Bréfritari: Jakobína Jónsdóttir
Viðtakandi: Sólveig Jónsdóttir
Dagsetning: A-1885-05-29
Skrifað á: Bessastöðum  Gull.
systir bréfviðtakanda

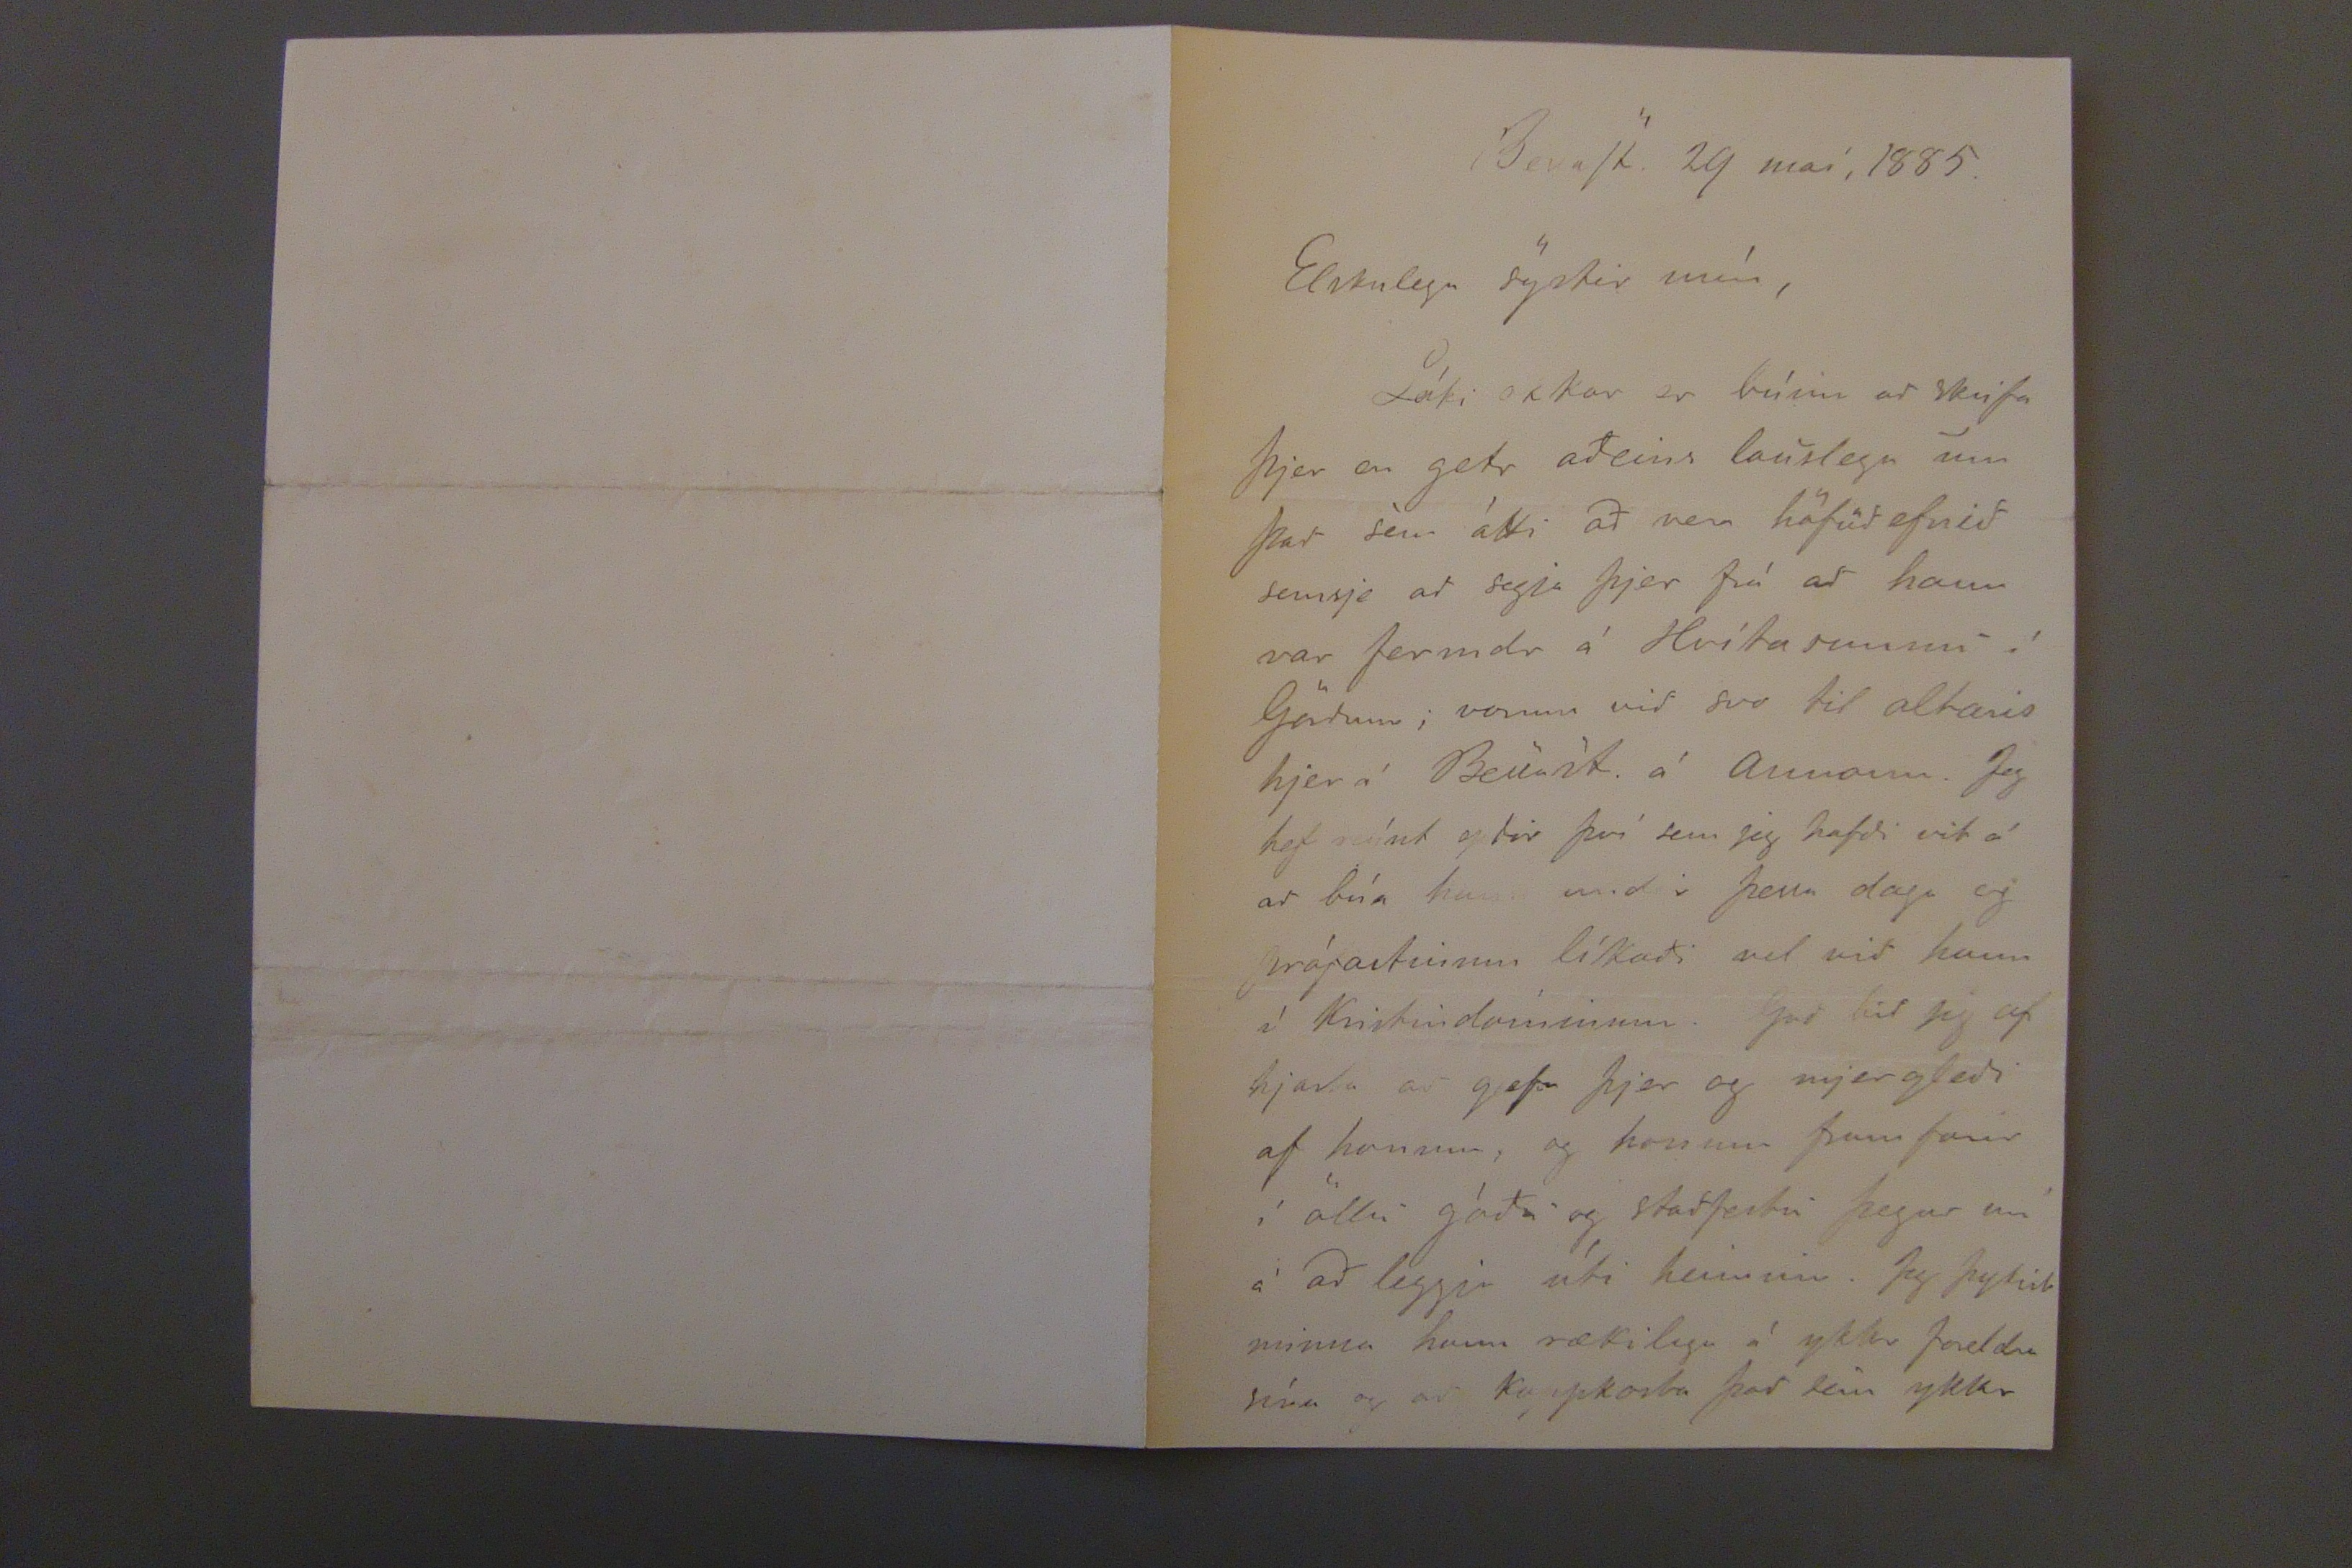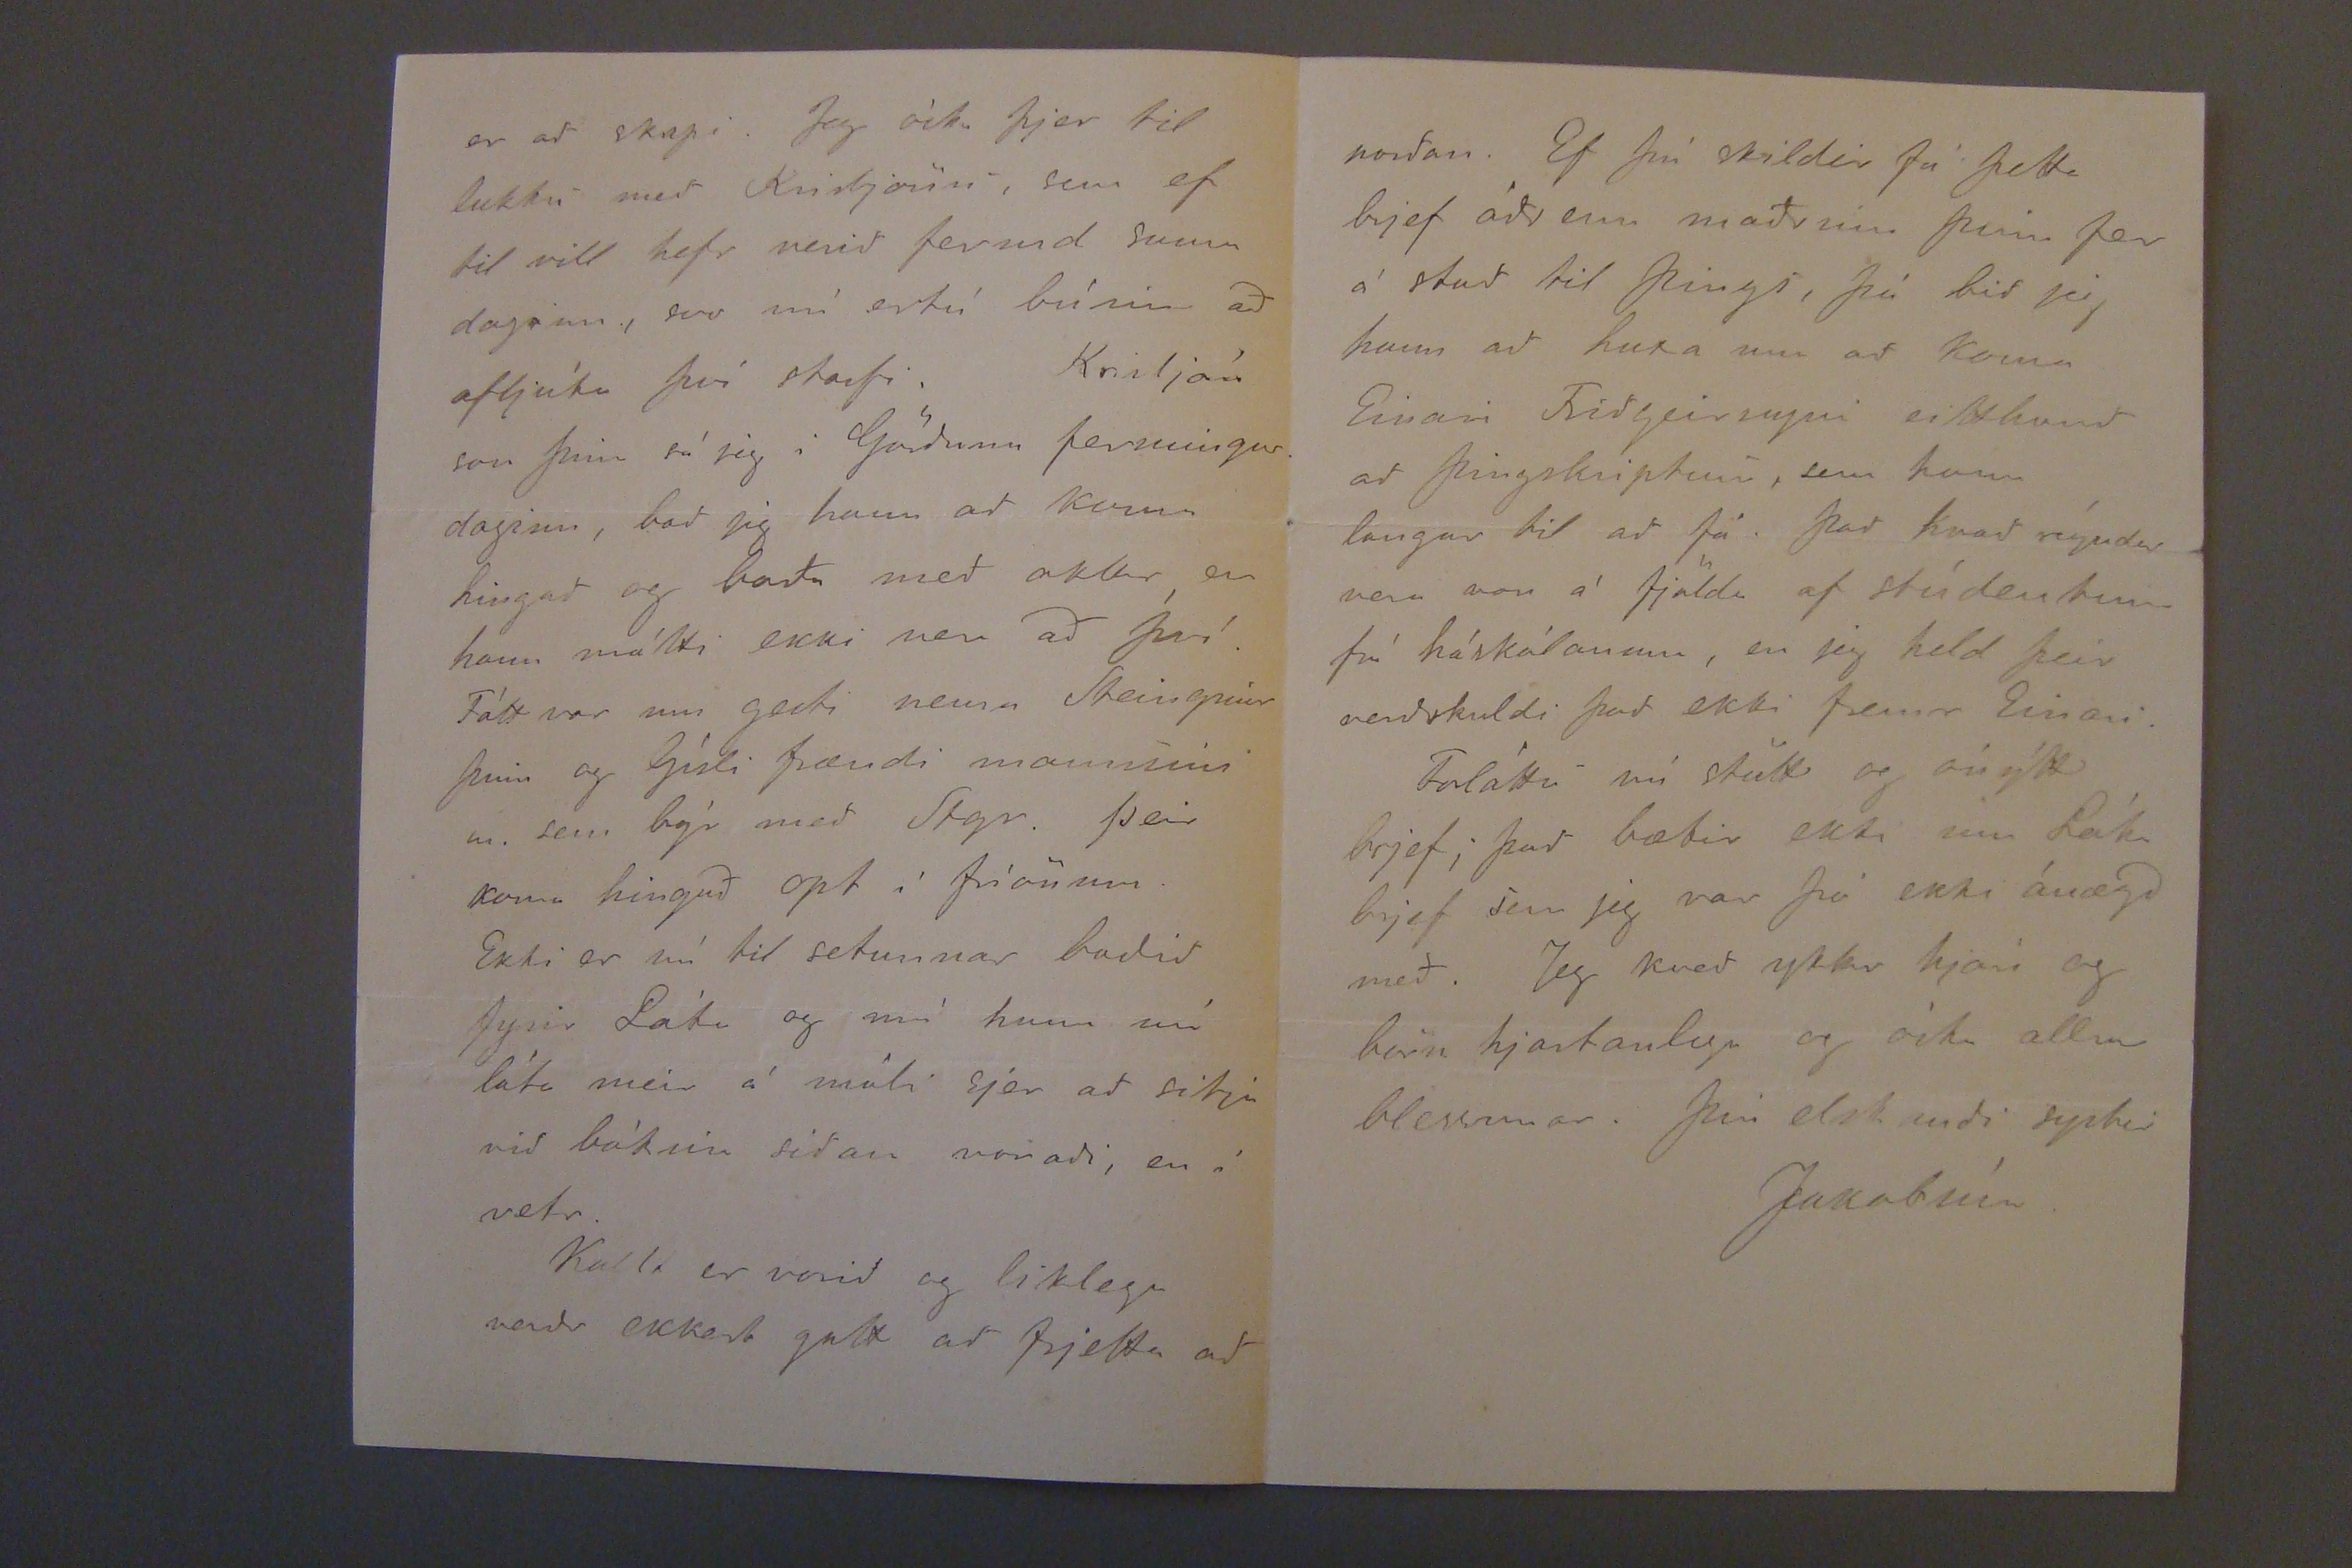

BesaSt. 29 maí, 1885.
Elskulega systir mín,
Láki okkar er búinn að skrifa þjer en getr aðeins lauslega um það sem átti að vera höfuð efnið semsje að segja þjer frá að hann var fermdr á Hvítasunnu í Görðum; vorum við svo til altaris hjer í Bessast. á Annann. Jeg hef reýnt eptir því sem jeg hafði vit á að búa hann undir þessa daga og prófastinum líkaði vel við hann í Kristindominum. Guð bið jeg af hjarta að gefa þjer og mjergleði af honum, og honum framfarir í öllu góða og staðfestu þegar um á að liggja útí heiminn. Jeg þytist minna hann rækilega á ykkr foreldra sína og að kampkosta það sem ykkr
er að skapi. Jeg óska þjer til lukku með Kristjönu, sem ef til vill hefr verið fermd sama daginn, svo nú ertu búin að afljúka því starfi. Kristján son þinn sá jeg i Görðum fermingardaginn, bað jeg hann að koma hingað og borða með okkur, en hann mátti ekki ver að því. Fátt var um gesti nema Steingrimr þinn og Gísli frændi mannsins m. sem býr með Stgr. Þeir koma hingað opt í fríönum. Ekki er nú til setunnar boðið fyrir Láka og má hann nú láta meir á móti sjer að sitja við bókina síðan voraði, en í vetr.
Kallt er vorið og liklega verðr ekkert gott að frjetta að
norðan. Ef þú skildir fá þetta brjef áðr enn maðurinn þinn fer á stað til þings, þá bið jeg hann að huxa um að koma Einari Friðgeirssyni eitthvað að Þingskiptum, sem honum langar til að fá Það hvað reyndar vera von á fjölda af studentum frá háskólanum, en jeg held þeir verðskuldi það ekki fremur Einari.
Forláttu nú stutt og ónýtt brjef; það bæti ekki um Láka brjef sem jeg var þá ekki ánægð með. Jeg kveð ykkr hjón og bbörn hjartanlega og óska allra blessunar. Þín elskandi systir
Jakobína